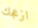
ازعجك